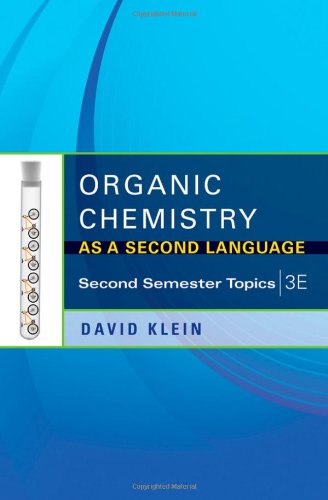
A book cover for Organic Chemistry as a Second Language: Second Semester Topics; David R. Klein; Science & Math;